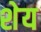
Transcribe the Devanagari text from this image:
शेय